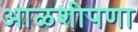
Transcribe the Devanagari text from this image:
आळशीपणा